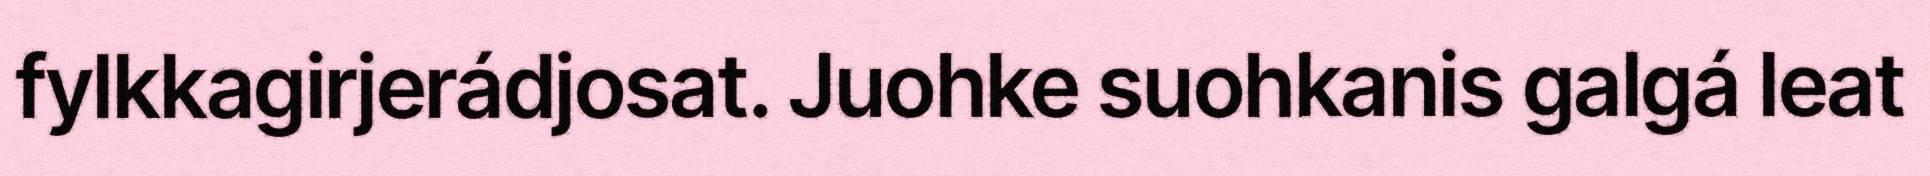
fylkkagirjerádjosat. Juohke suohkanis galgá leat